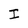
Character: I